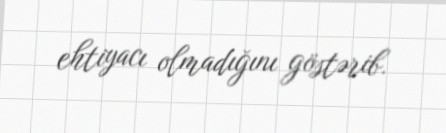
ehtiyacı olmadığını göstərib.